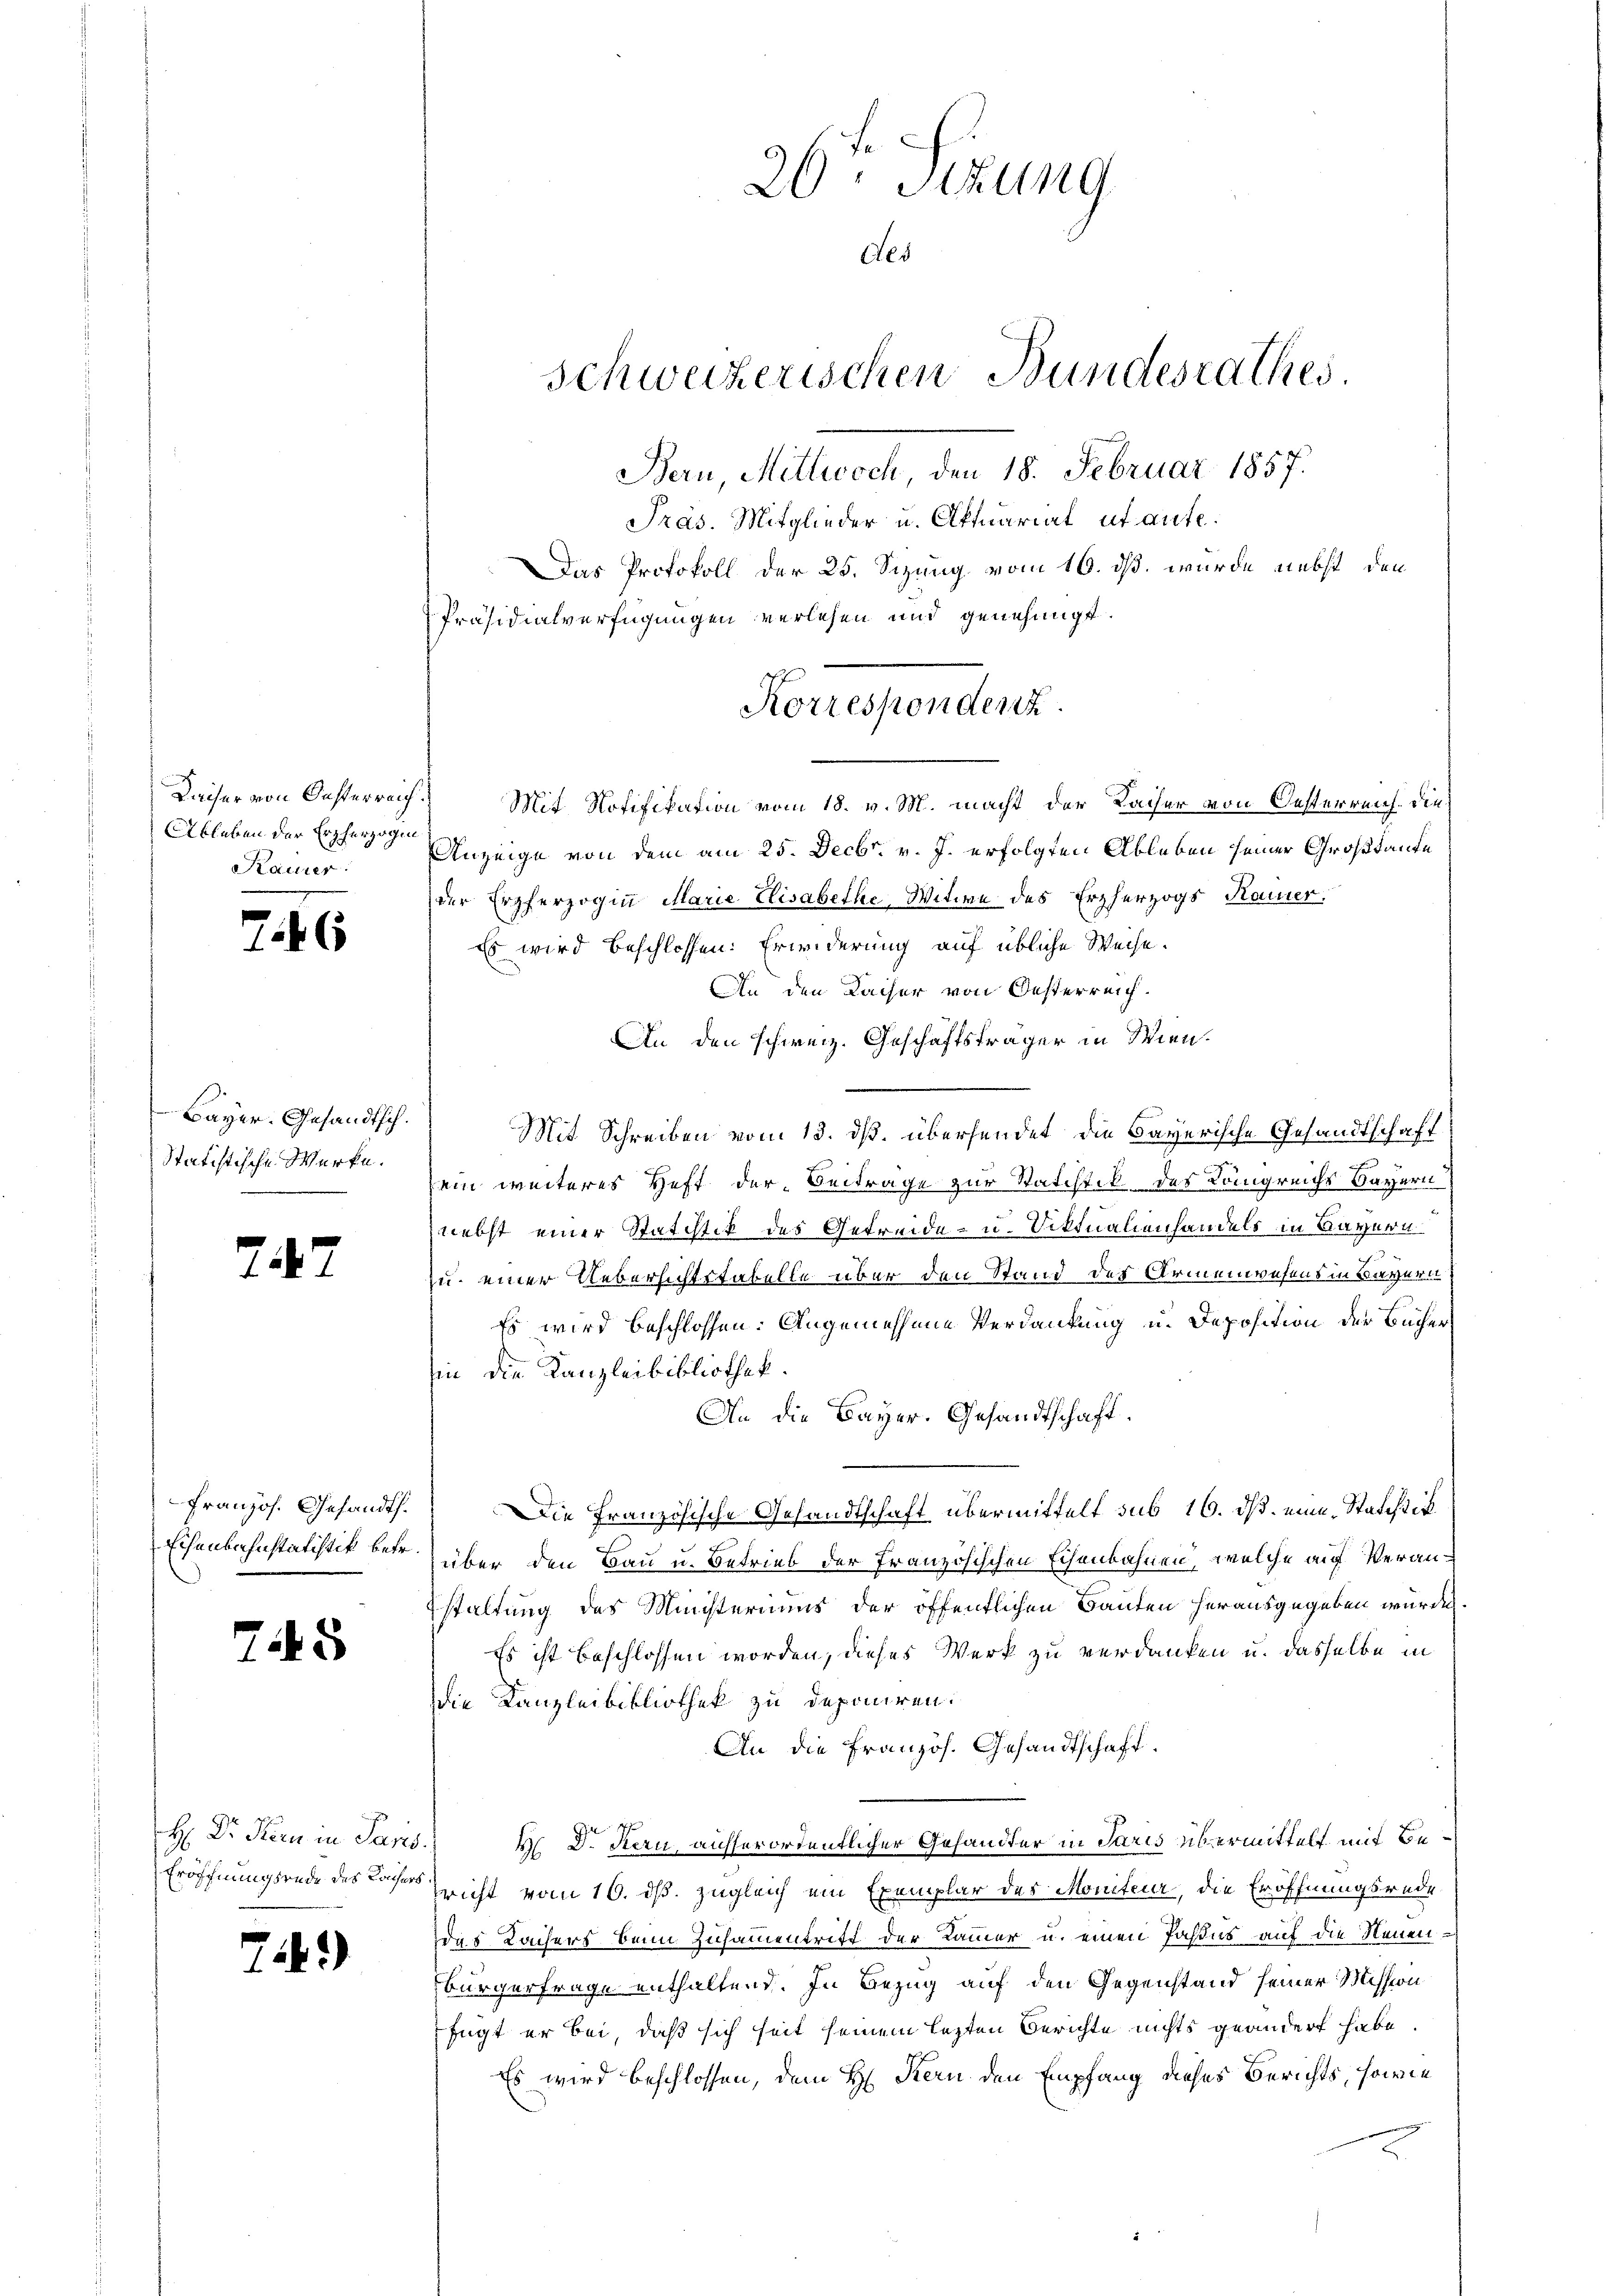
26ten Sitzung
Aes
Schweizerischen Bundesrathes.
Bern, Mittwoch, den 18. Februar 1857.
Pras. Mitglieder u. Aktuariat ut aufe.

Das Protokoll der 25. Sizung vom 16. ds. wurde nebst den
Präsidialverfügungen verlesen und genehmigt.
Kaiser von Oesterreich. Mit Notifikation vom 18. v. M. macht der Sacher von Oesterreich. Die
Anzeige von dem am 25. Decbr. v. J. erfolgten Ableben seiner Großkaute
der Erzherzogin Marie Elisabethe, Witwe des Erzherzogs Kamer.
Es wird beschlossen: Erwiderung auf übliche Weise.
An den Kaiser von Oesterreich.
An den schweiz. Geschäftsträger in Wien¬
Mit Schreiben vom 13. ds. übersendet die Bayerische Gesandtschaft
sein weiteres Heft der Beiträge zur Statchtik des Königreichs Bayern
nebst einer Statistik des Getreide- u. Viktualienhandels in Bayern
zu einer Uebersichtstabelle über den Stand des Armenwesens in Bayern
Es wird beschlossen: Angemessene Verdankung u. Deposition der Bücher
hin die Kanzleibibliothek.
An die Bayer. Gesandtschaft.
Die Französische Gesandtschaft übermittelt sub 16. ds. eine Statistik
über den Bau u. Betrieb der Französischen Eisenbahnen, welche auf Veranstaltung des Ministeriums der öffentlichen Bauten herausgegeben würde.
Es ist beschlossen worden, dieses Werk zu verdanken u. dasselbe in
die Kanzleibibliothek zu deponiren.
An die Französ. Gesandtschaft.
M. D. Kern, aufserordentlicher Gehändter in Paris übermittelt mit Be¬
Eröffnungsrede des er nicht vom 16. dß. zugleich ein Exemplar des Moniteur, die Eröffnungsrede
das Lachers beim Zusammentritt der Kammer u. einen Jahres auf die Neuenbürgerfrage enthaltend. In Bezug auf den Gegenstand seiner Mission
fügt er bei, daß sich seit seinem lezten Berichte nichts geändert habe.
Es wird beschlossen, dem H. Stern den Empfang dieses Berichts, sowie

Korrerstendenz

Ableben der Erzherzogen
Rauner

746

Bayer. Gesandtsch.
Statistische Werke.

7447

Französ. Gesandth.
Echenbahnstatistik betr.

745

H: Dr. Kern in Paris.

7.)